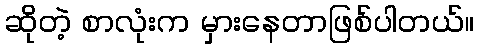
ဆိုတဲ့ စာလုံးက မှားနေတာဖြစ်ပါတယ်။